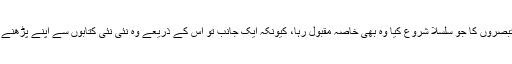
اس کے علاوہ انہوں نے سندھی میں عالمی ادب میں شائع ہونے والے ناولوں اور دیگر کتابوں پر بھی تبصروں کا جو سلسلا شروع کیا وہ بھی خاصہ مقبول رہا، کیونکہ ایک جانب تو اس کے ذریعے وہ نئی نئی کتابوں سے اپنے پڑھنے والوں کو متعارف کرواتے رہے، تو دوسری جانب ان کے مطالعے کے رجحانات کا بھی پتہ چلتا گیا۔